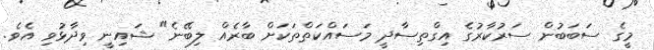
މީގެ ސަބަބުން ސަރުކާރުގެ އިގްތިސާދީ މަސައްކަތްތަކަށް ބާރެއް ލިބޭނެ" ޝައިނީ ވިދާޅުވި އެވެ.